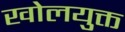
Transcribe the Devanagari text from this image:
खोलयुक्त